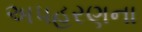
અપહરણના